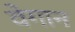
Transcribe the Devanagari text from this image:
वेगान